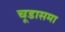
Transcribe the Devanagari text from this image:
चूडासमा